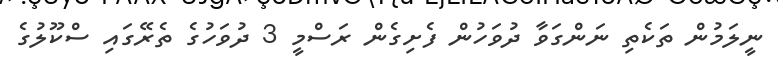
ނީލަމުން ތަކެތި ނަންގަވާ ދުވަހުން ފެށިގެން ރަސްމީ 3 ދުވަހުގެ ތެރޭގައި ސްކޫލުގެ